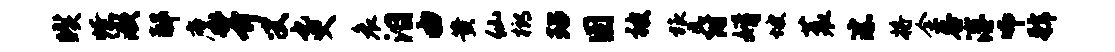
暌燎漱邸縻芥叟也臾哀泪由黄仙榔玷圉被旅爵婿坡蓑淙将余谷溥师虢